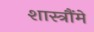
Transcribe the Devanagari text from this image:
शास्त्रौंमे